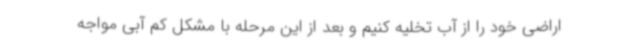
اراضی خود را از آب تخلیه کنیم و بعد از این مرحله با مشکل کم آبی مواجه